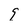
Character: q